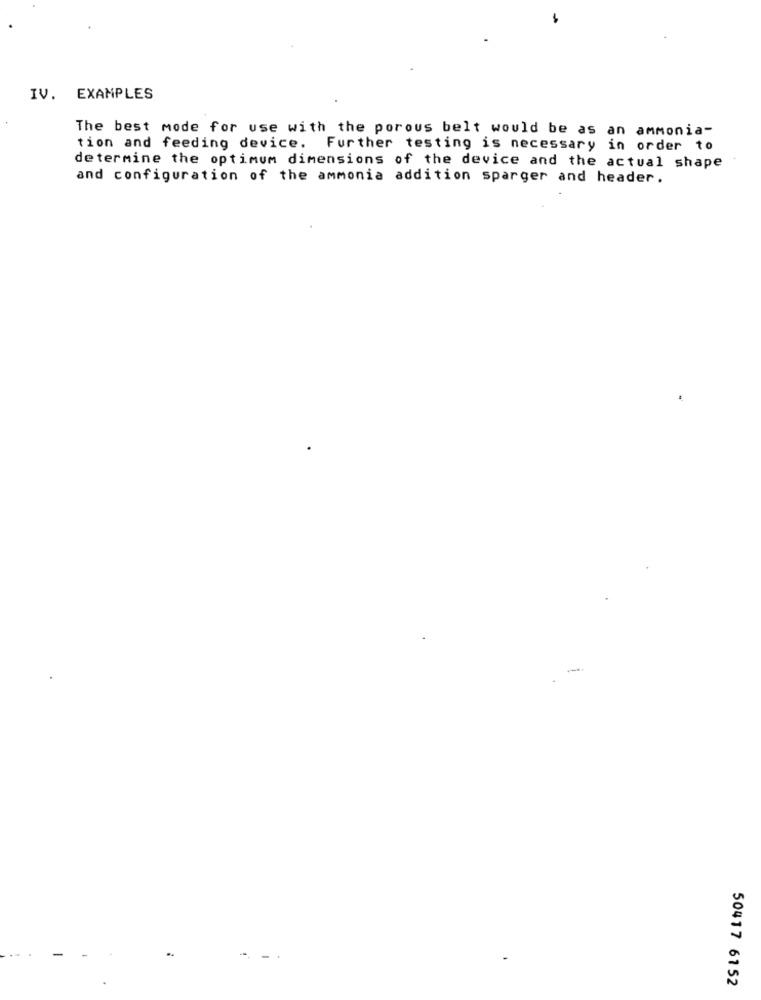
IV. EXAMPLES
The best mode for use with the porous belt would be as an ammonia-
tion and feeding device. Further testing is necessary in order to
determine the optimum dimensions of the device and the actual shape
and configuration of the ammonia addition sparger and header.
50417 6152